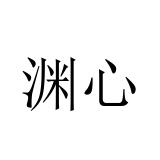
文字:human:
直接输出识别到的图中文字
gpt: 渊心